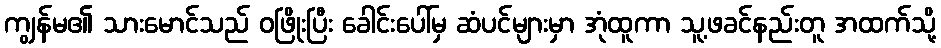
ကျွန်မ၏ သားမောင်သည် ဝဖြိုးပြီး ခေါင်းပေါ်မှ ဆံပင်များမှာ အုံထူကာ သူ့ဖခင်နည်းတူ အထက်သို့